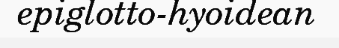
epiglotto-hyoidean